Annual report of the Imperial Bacteriologist
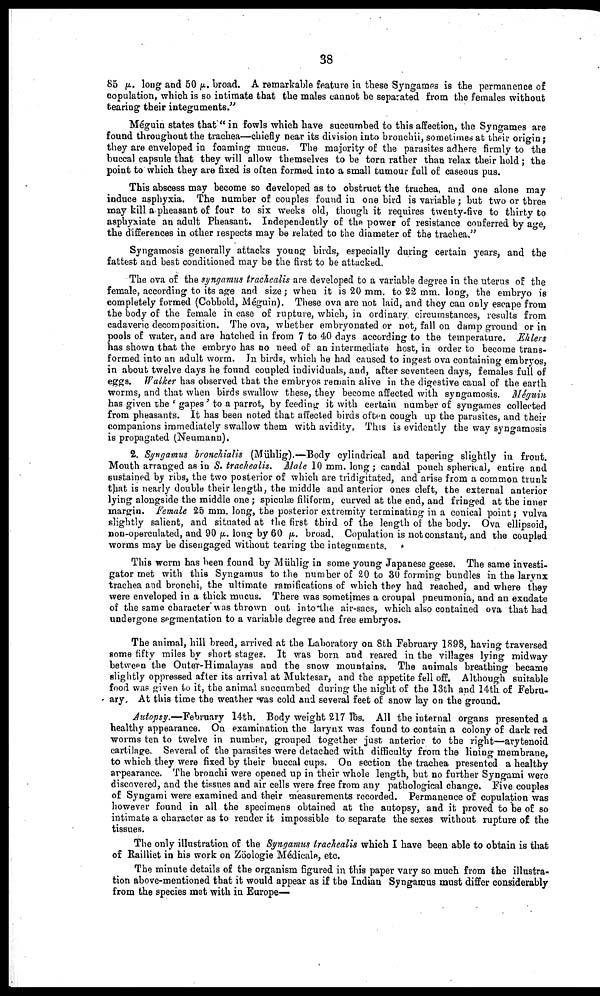
38
85 μ. long and 50 μ. broad. A remarkable feature in these Syngames is the permanence of
copulation, which is so intimate that the males cannot be separated from the females without
tearing their integuments.''
Méguin states that " in fowls which have succumbed to this affection, the Syngames are
found throughout the trachea—chiefly near its division into bronchii, sometimes at their origin;
they are enveloped in foaming mucus. The majority of the parasites adhere firmly to the
buccal capsule that they will allow themselves to be torn rather than relax their hold; the
point to which they are fixed is often formed into a small tumour full of caseous pus.
This abscess may become so developed as to obstruct the trachea, and one alone may
induce asphyxia. The number of couples found in one bird is variable; but two or three
may kill a pheasant of four to six weeks old, though it requires twenty-five to thirty to
asphyxiate an adult Pheasant. Independently of the- power of resistance conferred by age,
the differences in other respects may be related to the diameter of the trachea."
Syngamosis generally attacks young birds, especially during certain years, and the
fattest and best conditioned may be the first to be attacked.
The ova of the syngamus trachealis are developed to a variable degree in the uterus of the
female, according to its age and size; when it is 20 mm. to 22 mm. long, the embryo is
completely formed (Cobbold, Méguin). These ova are not laid, and they can only escape from
the body of the female in case of rupture, which, in ordinary circumstances, results from
cadaveric decomposition. The ova, whether embryonated or not, fall on damp ground or in
pools of water, and are hatched in from 7 to 40 days according to the temperature. Ehlers
has shown that the embryo has no need of an intermediate host, in order to become trans-
formed into an adult worm. In birds, which he had caused to ingest ova containing embryos,
in about twelve days he found coupled individuals, and, after seventeen days, females full of
eggs. Walker has observed that the embryos remain alive in the digestive canal of the earth
worms, and that when birds swallow these, they become affected with syngamosis. Méguin
has given the ' gapes' to a parrot, by feeding it with certain number of syngames collected
from pheasants. It has been noted that affected birds often cough up the parasites, and their
companions immediately swallow them with avidity. This is evidently the way syngamosis
is propagated (Neumann).
2. Syngamus bronchialis (Mühlig).—Body cylindrical and tapering slightly in front.
Mouth arranged as in S. trachealis. Male 10 mm. long; candal pouch spherical, entire and
sustained by ribs, the two posterior of which are tridigitated, and arise from a common trunk
that is nearly double their length, the middle and anterior ones cleft, the external anterior
lying alongside the middle one; spiculæ filiform, curved at the end, and fringed at the inner
margin. Female 25 mm. long, the posterior extremity terminating in a conical point; vulva
slightly salient, and situated at the first third of the length of the body. Ova ellipsoid,
non-operculated, and 90 μ. long by 60 μ. broad. Copulation is not constant, and the coupled
worms may be disengaged without tearing the integuments.
This worm has been found by Mühlig in some young Japanese geese. The same investi-
gator met with this Syngamus to the number of 20 to 30 forming bundles in the larynx
trachea and bronchi, the ultimate ramifications of which they had reached, and where they
were enveloped in a thick mucus. There was sometimes a croupal pneumonia, and an exudate
of the same character was thrown out into the air-sacs, which also contained ova that had
undergone segmentation to a variable degree and free embryos.
The animal, hill breed, arrived at the Laboratory on 8th February 1898, having traversed
some fifty miles by short stages. It was born and reared in the villages lying midway
between the Outer-Himalayas and the snow mountains. The animals breathing became
slightly oppressed after its arrival at Muktesar, and the appetite fell off. Although suitable
food was given to it, the animal succumbed during the night of the 13th and 14th of Febru-
ary. At this time the weather was cold and several feet of snow lay on the ground.
Autopsy.-February 14th. Body weight 217 lbs. All the internal organs presented a
healthy appearance. On examination the larynx was found to contain a colony of dark red
worms ten to twelve in number, grouped together just anterior to the right—arytenoid
cartilage. Several of the parasites were detached with difficulty from the lining membrane,
to which they were fixed by their buccal cups. On section the trachea presented a healthy
appearance. The bronchi were opened up in their whole length, but no further Syngami were
discovered, and the tissues and air cells were free from any pathological change. Five couples
of Syngami were examined and their measurements recorded. Permanence of copulation was
however found in all the specimens obtained at the autopsy, and it proved to be of so
intimate a character as to render it impossible to separate the sexes without rupture of the
tissues.
The only illustration of the Syngamus trachealis which I have been able to obtain is that
of Railliet in his work on Zöologie Médicals, etc.
The minute details of the organism figured in this paper vary so much from the illustra-
tion above-mentioned that it would appear as if the Indian Syngamus must differ considerably
from the species met with in Europe—